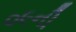
૦૯ની